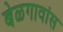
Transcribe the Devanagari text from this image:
बेळगावांस